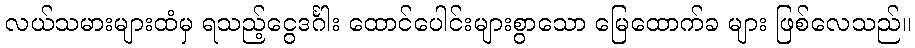
လယ်သမားများထံမှ ရသည့်ငွေဒင်္ဂါး ထောင်ပေါင်းများစွာသော မြေထောက်ခ များ ဖြစ်လေသည်။